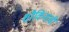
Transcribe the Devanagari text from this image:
शौकिनांची